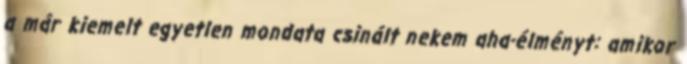
a már kiemelt egyetlen mondata csinált nekem aha-élményt: amikor